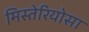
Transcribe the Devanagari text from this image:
मिस्तेरियोसा